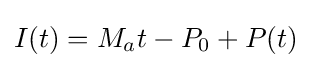
I(t)=M_{a}t-P_{0}+P(t)